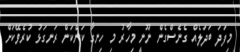
މިފަދަ ބަދަލެއް ގެނެސްގެން ނޫނީ މިހާރު މި ހިނގާ ކަންކަން ރަނގަޅު ކުރެވޭކަށް